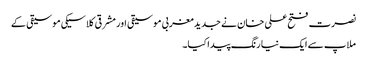
نصرت فتح علی خان نے جدید مغربی موسیقی اور مشرقی کلاسیکی موسیقی کے
ملاپ سے ایک نیا رنگ پیدا کیا۔